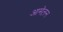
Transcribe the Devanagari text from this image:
आमेलन